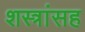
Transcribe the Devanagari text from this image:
शस्त्रांसह